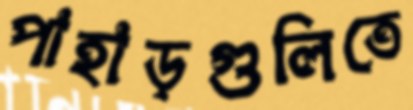
পাহাড়গুলিতে